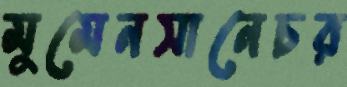
মুমেনসানেচর